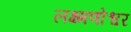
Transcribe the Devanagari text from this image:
लक्ष्मणोश्वर